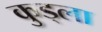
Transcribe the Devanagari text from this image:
कुड्ला